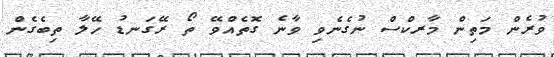
ވުރެން މަތިން މާރކްސް ނުގެނެވި ވާނެ ގޮތެއްވޭ ތޯ ރޭގަނޑު ހޭލާ ތިބެގެން